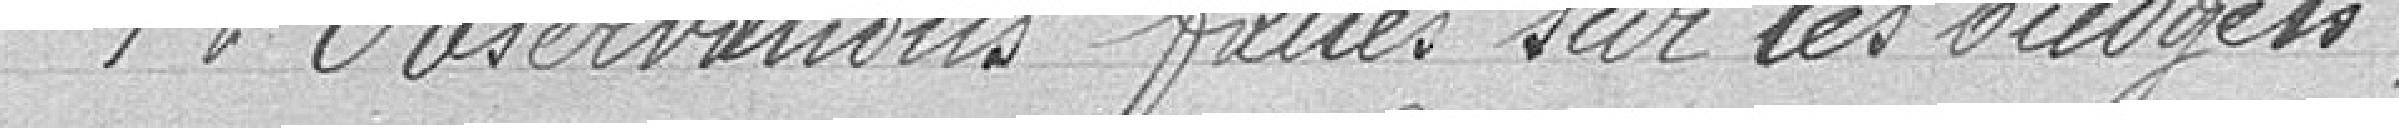
1° Observations faites sur les budgets